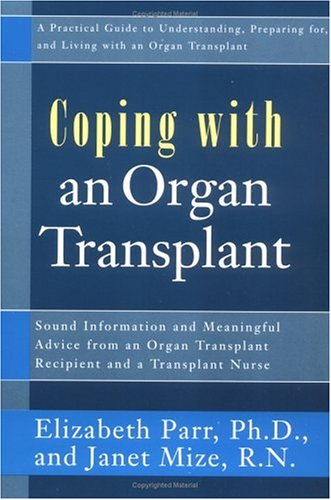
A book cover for Coping with an Organ Transplant: A Practical Guide (Coping With Series); Elizabeth Parr; Health, Fitness & Dieting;